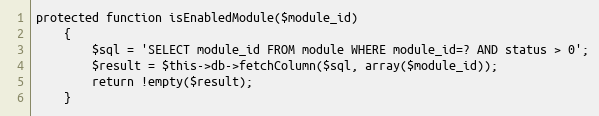
Language: PHP
protected function isEnabledModule($module_id)
    {
        $sql = 'SELECT module_id FROM module WHERE module_id=? AND status > 0';
        $result = $this->db->fetchColumn($sql, array($module_id));
        return !empty($result);
    }